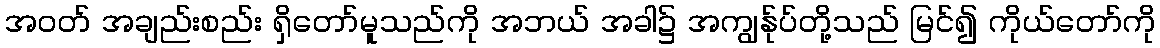
အဝတ် အချည်းစည်း ရှိတော်မူသည်ကို အဘယ် အခါ၌ အကျွန်ုပ်တို့သည် မြင်၍ ကိုယ်တော်ကို